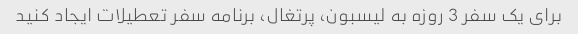
برای یک سفر 3 روزه به لیسبون، پرتغال، برنامه سفر تعطیلات ایجاد کنید